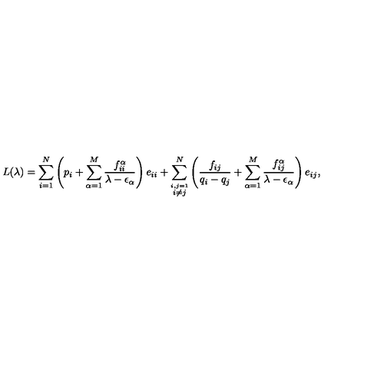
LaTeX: L ( \lambda ) = \sum \sb { i = 1 } \sp N \left( p \sb i + \sum \sb { \alpha = 1 } \sp M { \frac { f \sb { i i } \sp \alpha } { \lambda - \epsilon \sb \alpha } } \right) e \sb { i i } + \sum \sb { \stackrel { i , j = 1 } { i \neq j } } \sp N \left( { \frac { f \sb { i j } } { q \sb i - q \sb j } } + \sum \sb { \alpha = 1 } \sp M { \frac { f \sb { i j } \sp \alpha } { \lambda - \epsilon \sb \alpha } } \right) e \sb { i j } ,